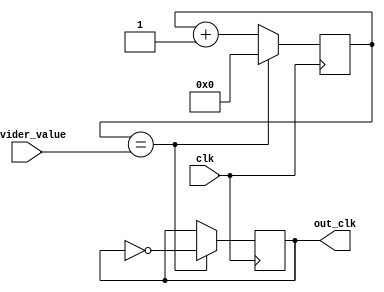
module ClockDivider(
    input clk,
    input [7:0] divider_value,
    output reg out_clk
);

reg [7:0] counter;

always @(posedge clk) begin
    if(counter == divider_value) begin
        out_clk <= ~out_clk;
        counter <= 0;
    end else begin
        counter <= counter + 1;
    end
end

endmodule